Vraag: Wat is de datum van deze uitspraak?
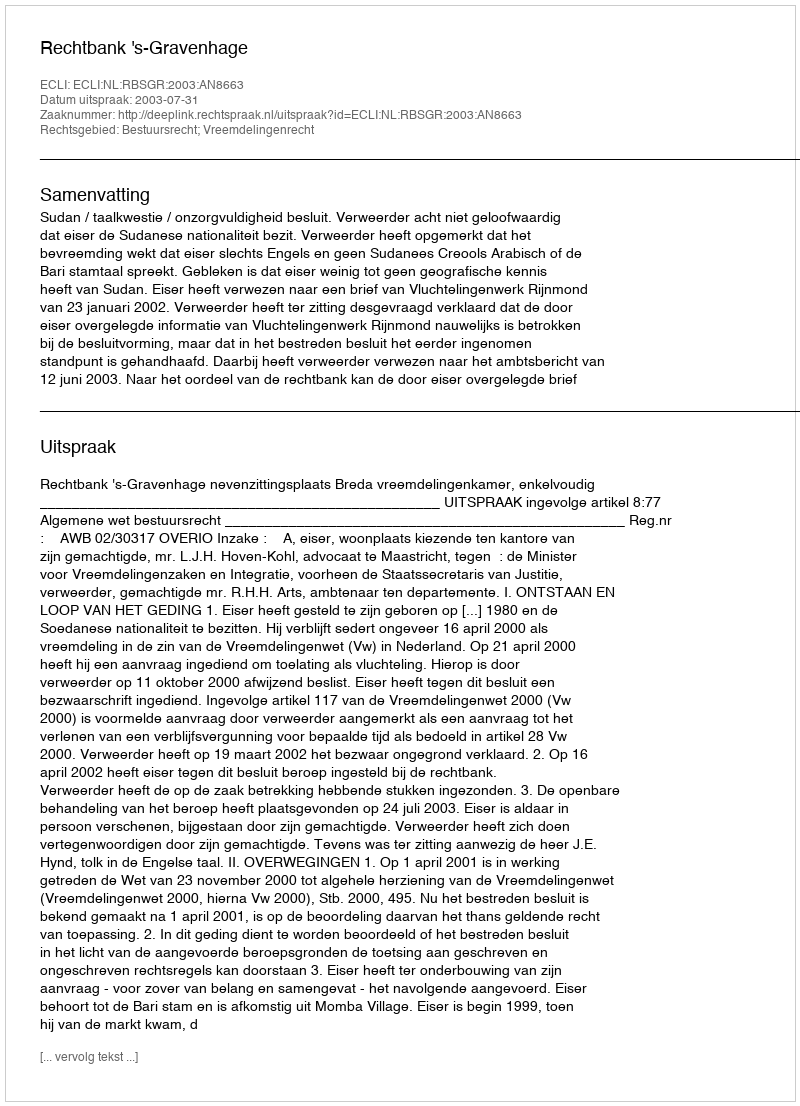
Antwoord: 2003-07-31